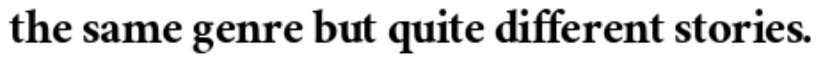
the same genre but quite different stories.